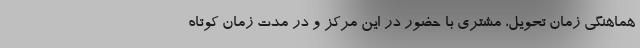
هماهنگی زمان تحویل، مشتری با حضور در این مرکز و در مدت زمان کوتاه